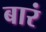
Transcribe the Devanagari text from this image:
बारं